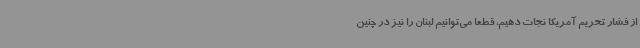
از فشار تحریم آمریکا نجات دهیم، قطعا می‌توانیم لبنان را نیز در چنین